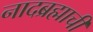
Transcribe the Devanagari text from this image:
नादब्रह्माची